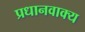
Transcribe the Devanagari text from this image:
प्रधानवाक्य